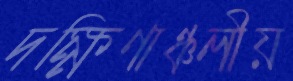
দক্ষিণাঞ্চলীয়